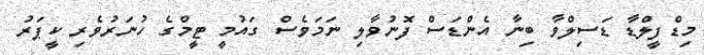
މިޑްފީލްޑާ ޑަސިލްވާ ބިނާ އެންޑަސް ފޮނުވާލި ނަމަވެސް ގައުމީ ޓީމްގެ ހުނަރުވެރި ކީޕަރު